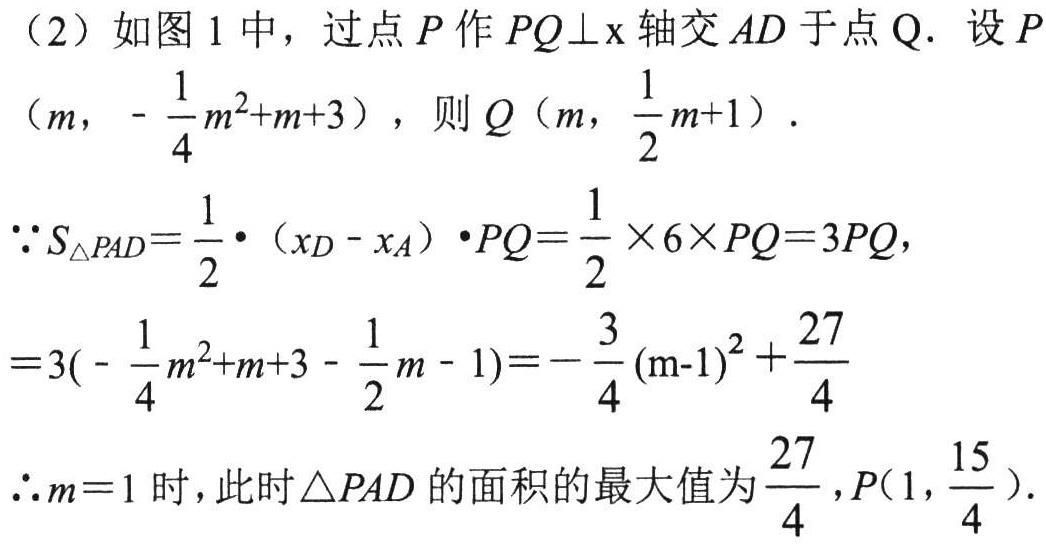
(2) 如图 1 中，过点 \(P\) 作 \(PQ\perp x\) 轴交 \(AD\) 于点 \(Q\). 设 \(P\left(m,-\frac{1}{4}m^{2}+m + 3\right)\)，则 \(Q\left(m,\frac{1}{2}m + 1\right)\).
\(\because S_{\triangle PAD}=\frac{1}{2}\cdot(x_D - x_A)\cdot PQ=\frac{1}{2}\times6\times PQ = 3PQ\)，
\(=3\left(-\frac{1}{4}m^{2}+m + 3-\frac{1}{2}m - 1\right)=-\frac{3}{4}(m - 1)^{2}+\frac{27}{4}\)
\(\therefore m = 1\) 时，此时 \(\triangle PAD\) 的面积的最大值为 \(\frac{27}{4}\)，\(P\left(1,\frac{15}{4}\right)\).